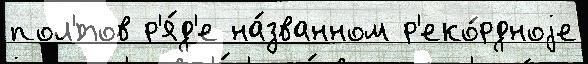
пол'́тов р'я́д'е на́званном р'еко́рдноjе